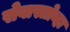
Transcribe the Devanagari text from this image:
सेवास्तोव्हा